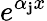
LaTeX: e^{\alpha_{\mathbf{j}}x}